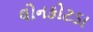
લોનકોટડા